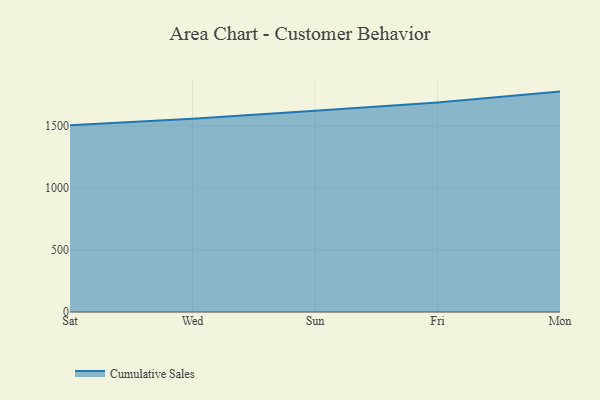
{"axis": {"x": "Day", "y": "Waste Production (Tons)"}, "legend": ["Cumulative Sales"], "data": [{"x": "Sat", "y": 1506.1, "type": "Cumulative Sales"}, {"x": "Wed", "y": 1558.4, "type": "Cumulative Sales"}, {"x": "Sun", "y": 1623.4, "type": "Cumulative Sales"}, {"x": "Fri", "y": 1689.4, "type": "Cumulative Sales"}, {"x": "Mon", "y": 1777.1, "type": "Cumulative Sales"}]}